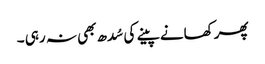
پھر کھانے پینے کی سُدھ بھی نہ رہی ۔